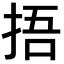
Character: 捂